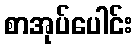
စာအုပ်ပေါင်း